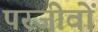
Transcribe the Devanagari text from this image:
परजीवों